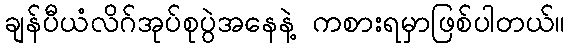
ချန်ပီယံလိဂ်အုပ်စုပွဲအနေနဲ့ ကစားရမှာဖြစ်ပါတယ်။